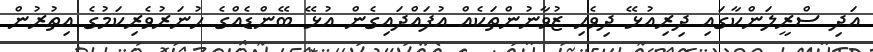
އަދި ސްރީލަންކާގައި ދިރިއުޅޭ ދިވެހި ޒުވާނުންތަކެއް އުފައްދައިގެން އުޅޭ ބޭންޑެއްގެ ހުނަރުވެރިކަމުގެ އިތުރުން